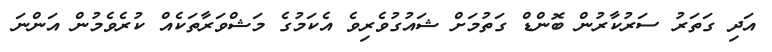
އަދި ގަތަރު ސަރުކާރުން ބޮންޑް ގަތުމަށް ޝައުގުވެރިވެ އެކަމުގެ މަޝްވަރާތަކެއް ކުރެވެމުން އަންނަ